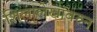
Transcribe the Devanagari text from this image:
शिलालेखांवरुन